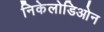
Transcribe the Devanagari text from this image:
निकेलोडिओन